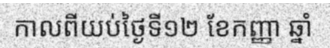
កាលពីយប់ថ្ងៃទី១២ ខែកញ្ញា ឆ្នាំ